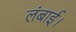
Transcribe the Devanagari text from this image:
लंबाई।